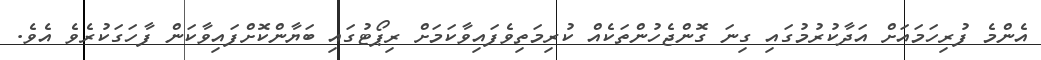
އެންމެ ފުރިހަމައަށް އަދާކުރުމުގައި ގިނަ ގޮންޖެހުންތަކެއް ކުރިމަތިވެފައިވާކަމަށް ރިޕޯޓުގައި ބަޔާންކޮށްފައިވާކަން ފާހަގަކުރެވެ އެވެ.